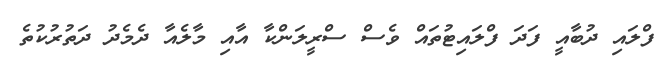
ފްލައި ދުބާއީ ފަދަ ފްލައިޓުތައް ވެސް ސްރީލަންކާ އާއި މާލެއާ ދެމެދު ދަތުރުކުތެ